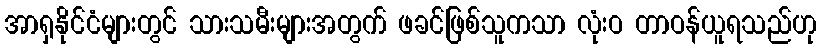
အာရှနိုင်ငံများတွင် သားသမီးများအတွက် ဖခင်ဖြစ်သူကသာ လုံးဝ တာဝန်ယူရသည်ဟု